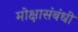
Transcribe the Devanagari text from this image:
मोक्षासंबंधी